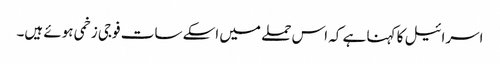
اسرائیل کا کہنا ہے کہ اس حملے میں اسکے سات فوجی زخمی ہوئے ہیں۔